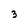
Character: 3